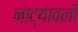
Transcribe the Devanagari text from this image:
नाट्यावली